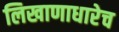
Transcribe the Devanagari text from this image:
लिखाणाधारेच